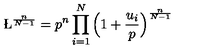
{ \L } ^ { \frac { n } { N - 1 } } = p ^ { n } \prod _ { i = 1 } ^ { N } \Big ( 1 + \frac { u _ { i } } { p } \Big ) ^ { \frac { n } { N - 1 } }